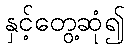
နှင့်တွေ့ဆုံ၍